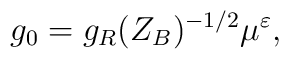
g_{0}=g_{R}(Z_{B})^{-1/2}\mu^{\varepsilon},